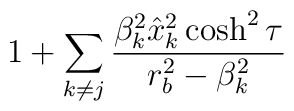
1+\sum_{k\ne j} {\beta_k^2 \hat x_k^2\cosh^2\tau \over r^2_b -\beta_k^2}